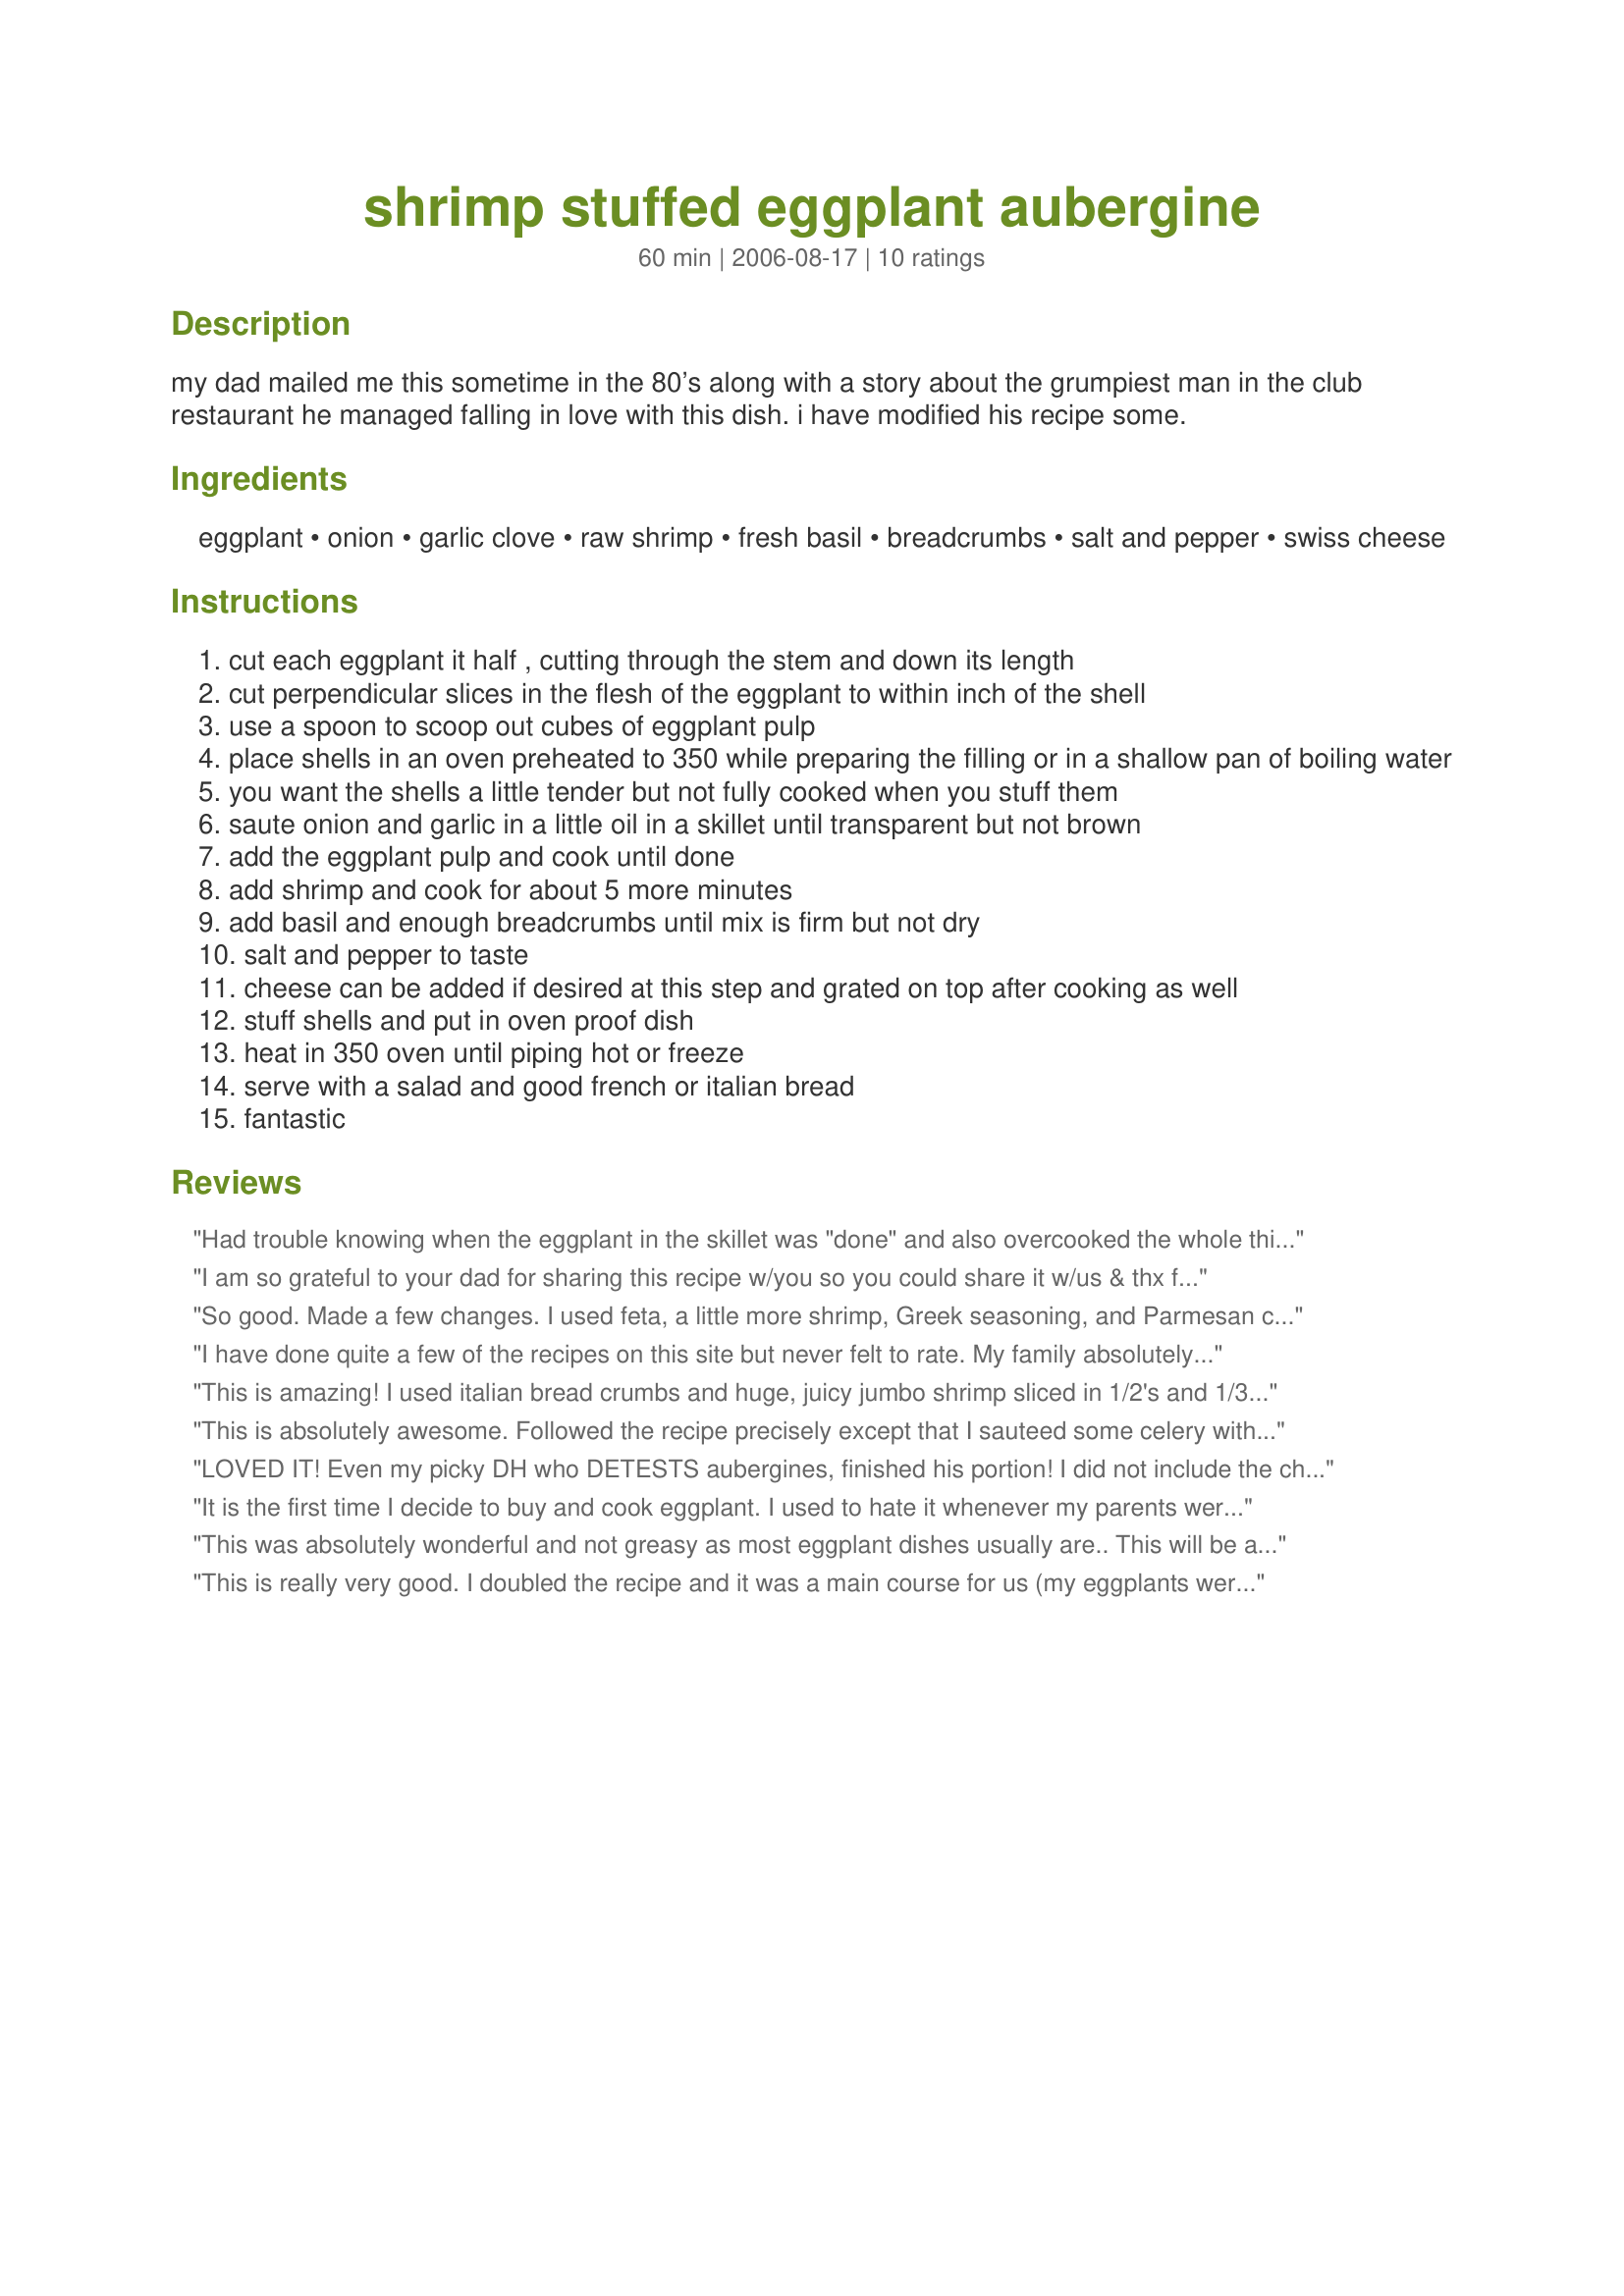
shrimp stuffed eggplant aubergine
Preparation time: 60 minutes

my dad mailed me this sometime in the 80’s along with a story about the grumpiest man in the club restaurant he managed falling in love with this dish. i have modified his recipe some.

Ingredients:
eggplant, onion, garlic clove, raw shrimp, fresh basil, breadcrumbs, salt and pepper, swiss cheese

Steps:
cut each eggplant it half , cutting through the stem and down its length
cut perpendicular slices in the flesh of the eggplant to within inch of the shell
use a spoon to scoop out cubes of eggplant pulp
place shells in an oven preheated to 350 while preparing the filling or in a shallow pan of boiling water
you want the shells a little tender but not fully cooked when you stuff them
saute onion and garlic in a little oil in a skillet until transparent but not brown
add the eggplant pulp and cook until done
add shrimp and cook for about 5 more minutes
add basil and enough breadcrumbs until mix is firm but not dry
salt and pepper to taste
cheese can be added if desired at this step and grated on top after cooking as well
stuff shells and put in oven proof dish
heat in 350 oven until piping hot or freeze
serve with a salad and good french or italian bread
fantastic

Reviews:
Had trouble knowing when the eggplant in the skillet was "done" and also overcooked the whole thing in the oven. Since I had never cooked an eggplant before, I wasn't sure if it tasted like it should or not. It was okay, but I think I need more specific instructions for my next eggplant adventure.
I am so grateful to your dad for sharing this recipe w/you so you could share it w/us & thx for posting that great pic! I admit I feast w/my eyes & the pic looked too good to ignore. I found it as I was looking for a stuffed eggplant recipe to make as a side dish w/lamb meatballs & potatoes, but thot (rightly so) this dish should stand alone as a main course. I could wait for the meatballs, but not for this. I used Icelandic baby shrimp & made 2 chgs. I used Feta because I did not have swiss cheese. I also added 1 tsp of cinnamon, having learned when I made <a href="/170718">Timbale of Eggplant and Ground Lamb</a> by Chef Kate how truly wonderful it is w/eggplant. We loved this dish & the cinnamon flavor worked again. TY for another eggplant taste sensation!
So good. Made a few changes. I used feta, a little more shrimp, Greek seasoning, and Parmesan cheese. Toasted some fresh breadcrumbs for extra flavor and mixed them with the Parmesan to put on top. Will definitely make again.
I have done quite a few of the recipes on this site but never felt to rate. My family absolutely loved this! Even my picky daughter ate all of hers. We had this as a main course and will be a regular. This one is a keeper!
This is amazing! I used italian bread crumbs and huge, juicy jumbo shrimp sliced in 1/2's and 1/3's, which you have to make sure to cook/saute only enough(the first time I over cooked the shrimp, but it was still amazing).
This is absolutely awesome. Followed the recipe precisely except that I sauteed some celery with the veggies. This will become a household regular. Nice job Red Apple Guy!
LOVED IT! Even my picky DH who DETESTS aubergines, finished his portion! I did not include the cheese this time (since it was optional) and the only extra ingredient I added in was a generous pinch of dried red chilli flakes. Another winner.. thank you, Red Apple Guy! Made for PAC '07.
It is the first time I decide to buy and cook eggplant. I used to hate it whenever my parents were trying to shove it down my mouth when I was young. I LOVED IT !I adapted this recipe to my Weight Watchers program to make it points and healthy directions friendly. I measured 2 teaspoons EVOO to get my healthy oils for each portion, I used reduced fat cheese, except for the parmiggiano-reggiano (Which I got in Italy. The true thing !) and use 6 ounces of shrimps (about a full cup) to get a full portion of lean protein instead of just half. I found out the points equivalences for 1 portion and it is a high 10 points, but it's very filling and it is a great meal if you want to impress the in-laws =P Rest was as is and it was delicious.
This was absolutely wonderful and not greasy as most eggplant dishes usually are.. This will be a favorite in my home!
This is really very good. I doubled the recipe and it was a main course for us (my eggplants were on the small side). I added in a small sweet pepper and a small chili pepper. I did not use as much cheese, and what I did use was a combination of Parmagiano-Reggiano and Emmenthal (true Swiss). Otherwise I made this as written. Whenever I buy eggplant, I never quite know what to do with them. We're already talking about making it again! Thank you!
